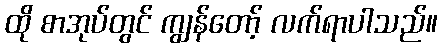
ထို စာအုပ်တွင် ကျွန်တော့် လက်ရာပါသည်။